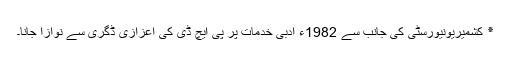
٭ کشمیریونیورسٹی کی جانب سے 1982ء ادبی خدمات پر پی ایچ ڈی کی اعزازی ڈگری سے نوازا جانا۔